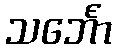
သင်္ဘော